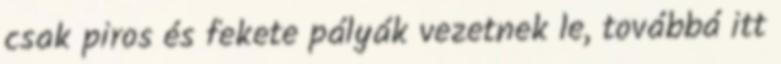
csak piros és fekete pályák vezetnek le, továbbá itt